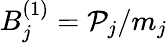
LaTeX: B_{j}^{(1)}=\mathcal{P}_{j}/m_{j}